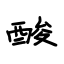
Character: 酸